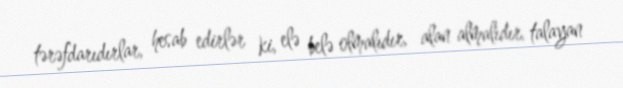
tərəfdarıdırlar, hesab edirlər ki, elə belə olmalıdır, alan almalıdır, talayan